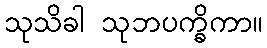
သုသိခါ သုဘပက္ခိကာ။